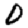
Digit: 0